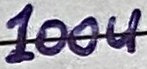
Text: 100u